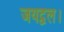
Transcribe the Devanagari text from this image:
जयद्वल।